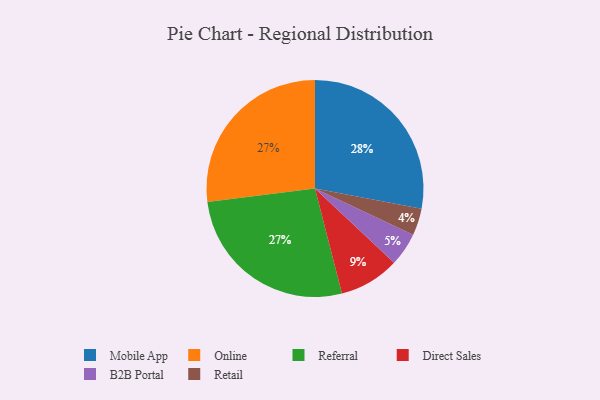
{"axis": {"x": "Category", "y": "Percentage"}, "legend": ["B2B Portal", "Direct Sales", "Mobile App", "Online", "Referral", "Retail"], "data": [{"x": "Online", "y": 27, "type": "Online"}, {"x": "B2B Portal", "y": 5, "type": "B2B Portal"}, {"x": "Referral", "y": 27, "type": "Referral"}, {"x": "Retail", "y": 4, "type": "Retail"}, {"x": "Mobile App", "y": 28, "type": "Mobile App"}, {"x": "Direct Sales", "y": 9, "type": "Direct Sales"}]}